Kassari_(Keina)_vallavalitsus, lk 63
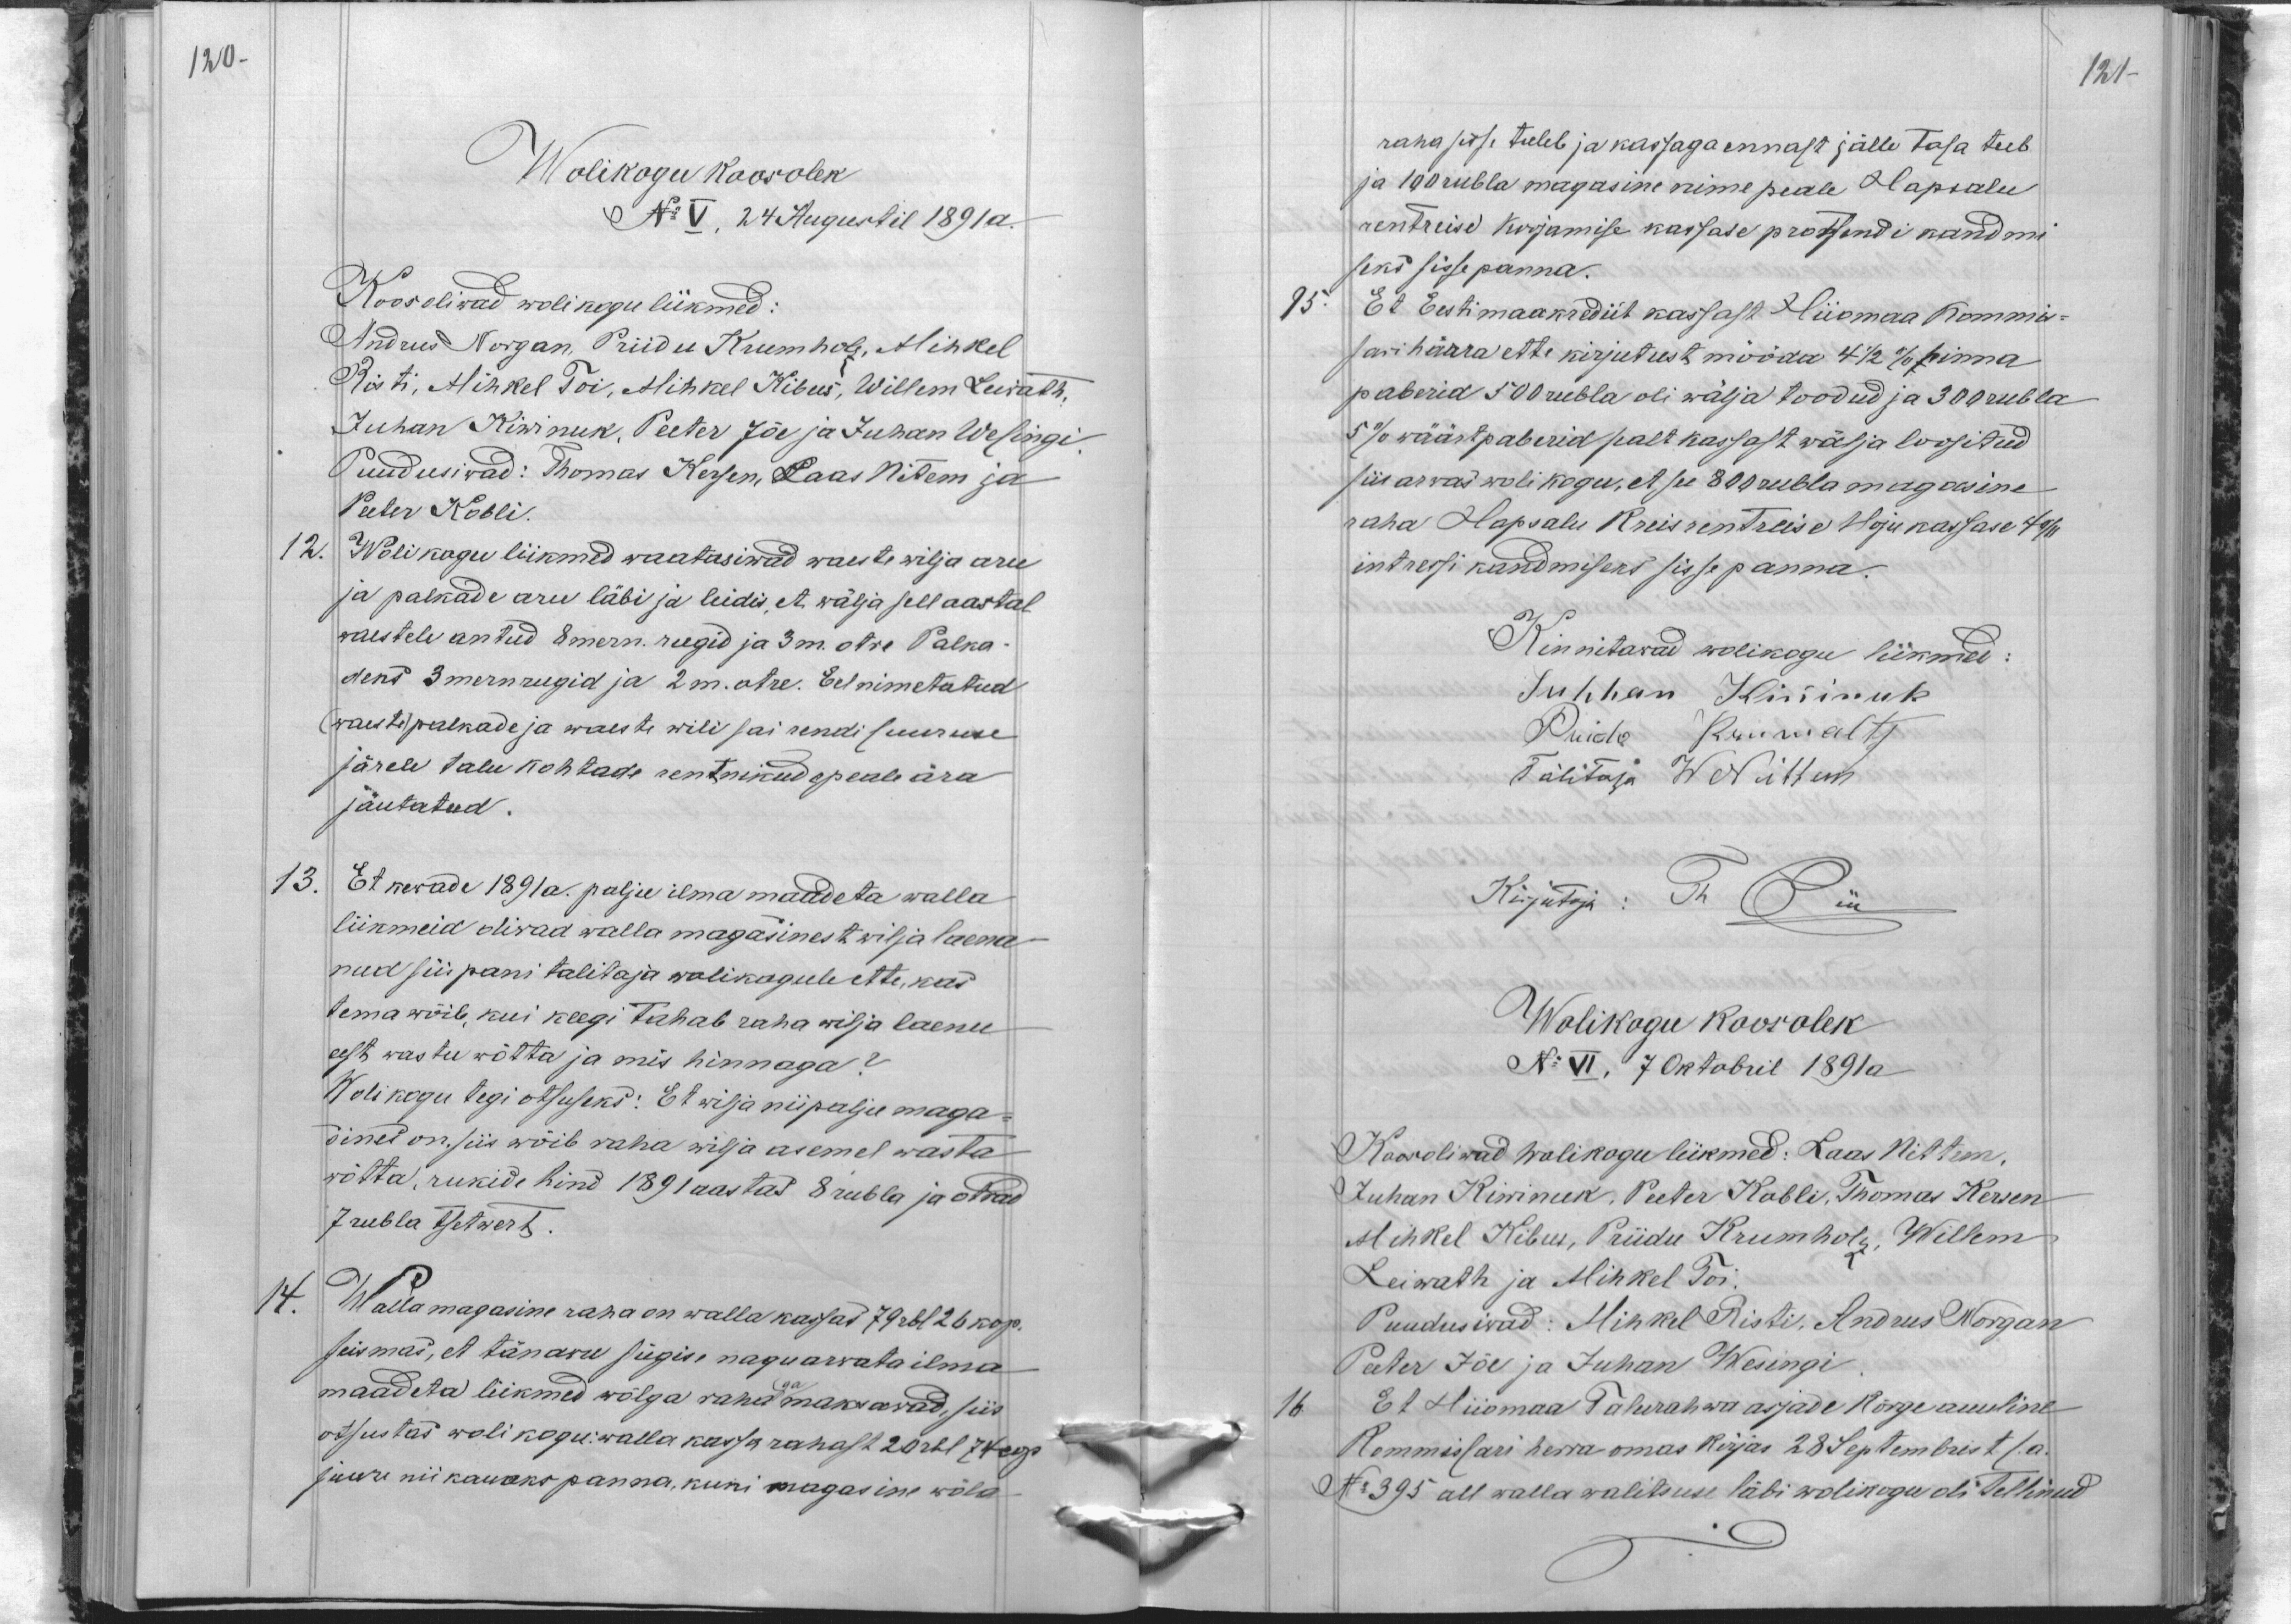
120-
Wolikogu koosolek
No V 24 Augustil 1891 a.
Koos oliwad wolikogu liikmed:
Andrus Norgan, Priidu Krumholz, Mihkel
Risti, Mihkel Toi, Mihkel Kibus, Willem Leiwath,
Juhan Kiwinuk, Peeter Jõe ja Juhan Wesingi.
Puudusiwad: Thomas Kersen, Laas Nittem ja
Peeter Kobli.
12. Wolikogu liikmed waatasiwad waeste wilja aru
ja palkade aru läbi ja leidis, et wälja sell aastal
waestele antud 8 mern. rugid ja 3 m. otre Palka-
deks 3 mern rugid ja 2 m. otre. Eel nimetatud
(waeste) palkade ja waeste wili sai rendi suuruse
järele talu kohtade rentnikude peale ära
jäutatud.
13. Et kewade 1891 a. palju ilma maadeta walla
liikmeid oliwad walla magasinest wilja laena-
nud siis pani talitaja wolikogule ette, kas
tema wõib, kui keegi tahab raha wilja laenu
eest wastu wõtta ja mis hinnaga?
Wolikogu tegi otsuseks: Et wilja niipalju maga-
sines on, siis wõib raha wilja asemel wasta
wõtta, rukide hind 1891 aastas 8 rubla ja otrad
7 rubla tsetwert.
14.
Walla magasine raha on walla kassas 79 rbl 26 kop.
seismas, et tänawu sügise nagu arwata ilma
maadeta liikmed wõlga rahaga maksawad, siis
otsustas woli kogu: walla kassa rahast 20 rbl 74 cop.
juure nii kauaks panna, kuni magas ise wõla-

121
raha sisse tuleb ja kassaga ennast jälle tasa teeb
ja 100 rubla magasine nime peale Hapsalu
rentreise korjamise kassase protsendi kandmi
seks sisse panna.
95.
Et Eestimaa krediit kassast Hiiomaa Kommis-
sari härra ette kirjutust mööda 4 1/2 % hinna
paberid 500 rubla oli wälja toodud ja 300 rubla
5% wäärtpaberid pealt kassast wälja lossitud
siis arwas wolikogu, et see 800 rubla magasine
raha Hapsalu Kreisrentreise Hoju kassase 4 %
intressi kandmiseks sisse panna.
Kinnitawad wolikogu liikmed:
Juhhan Kiwinuk
Priido Krumaltz
Talitaja W Nittem
Kirjutaja: Th Piik
Wolikogu koosolek
No VI, 7 Oktobril 1891 a
Koosoliwad wolikogu liikmed: Laas Nittem.
Juhan Kiwinuk, Peeter Kobli, Thomas Kersen
Mihkel Kibus, Priidu Krumholz, Willem
Leiwath ja Mihkel Toi.
Puudusiwad: Mihkel Risti, Andrus Norgan
Peter Jõe ja Juhan Wesingi
16.
Et Hiiomaa Talurahwa asjade Kõrge auuline
Kommissari herra omas kirjas 28 Septembrist s.a.
No 395 all walla walitsuse läbi wolikogu oli tellinud